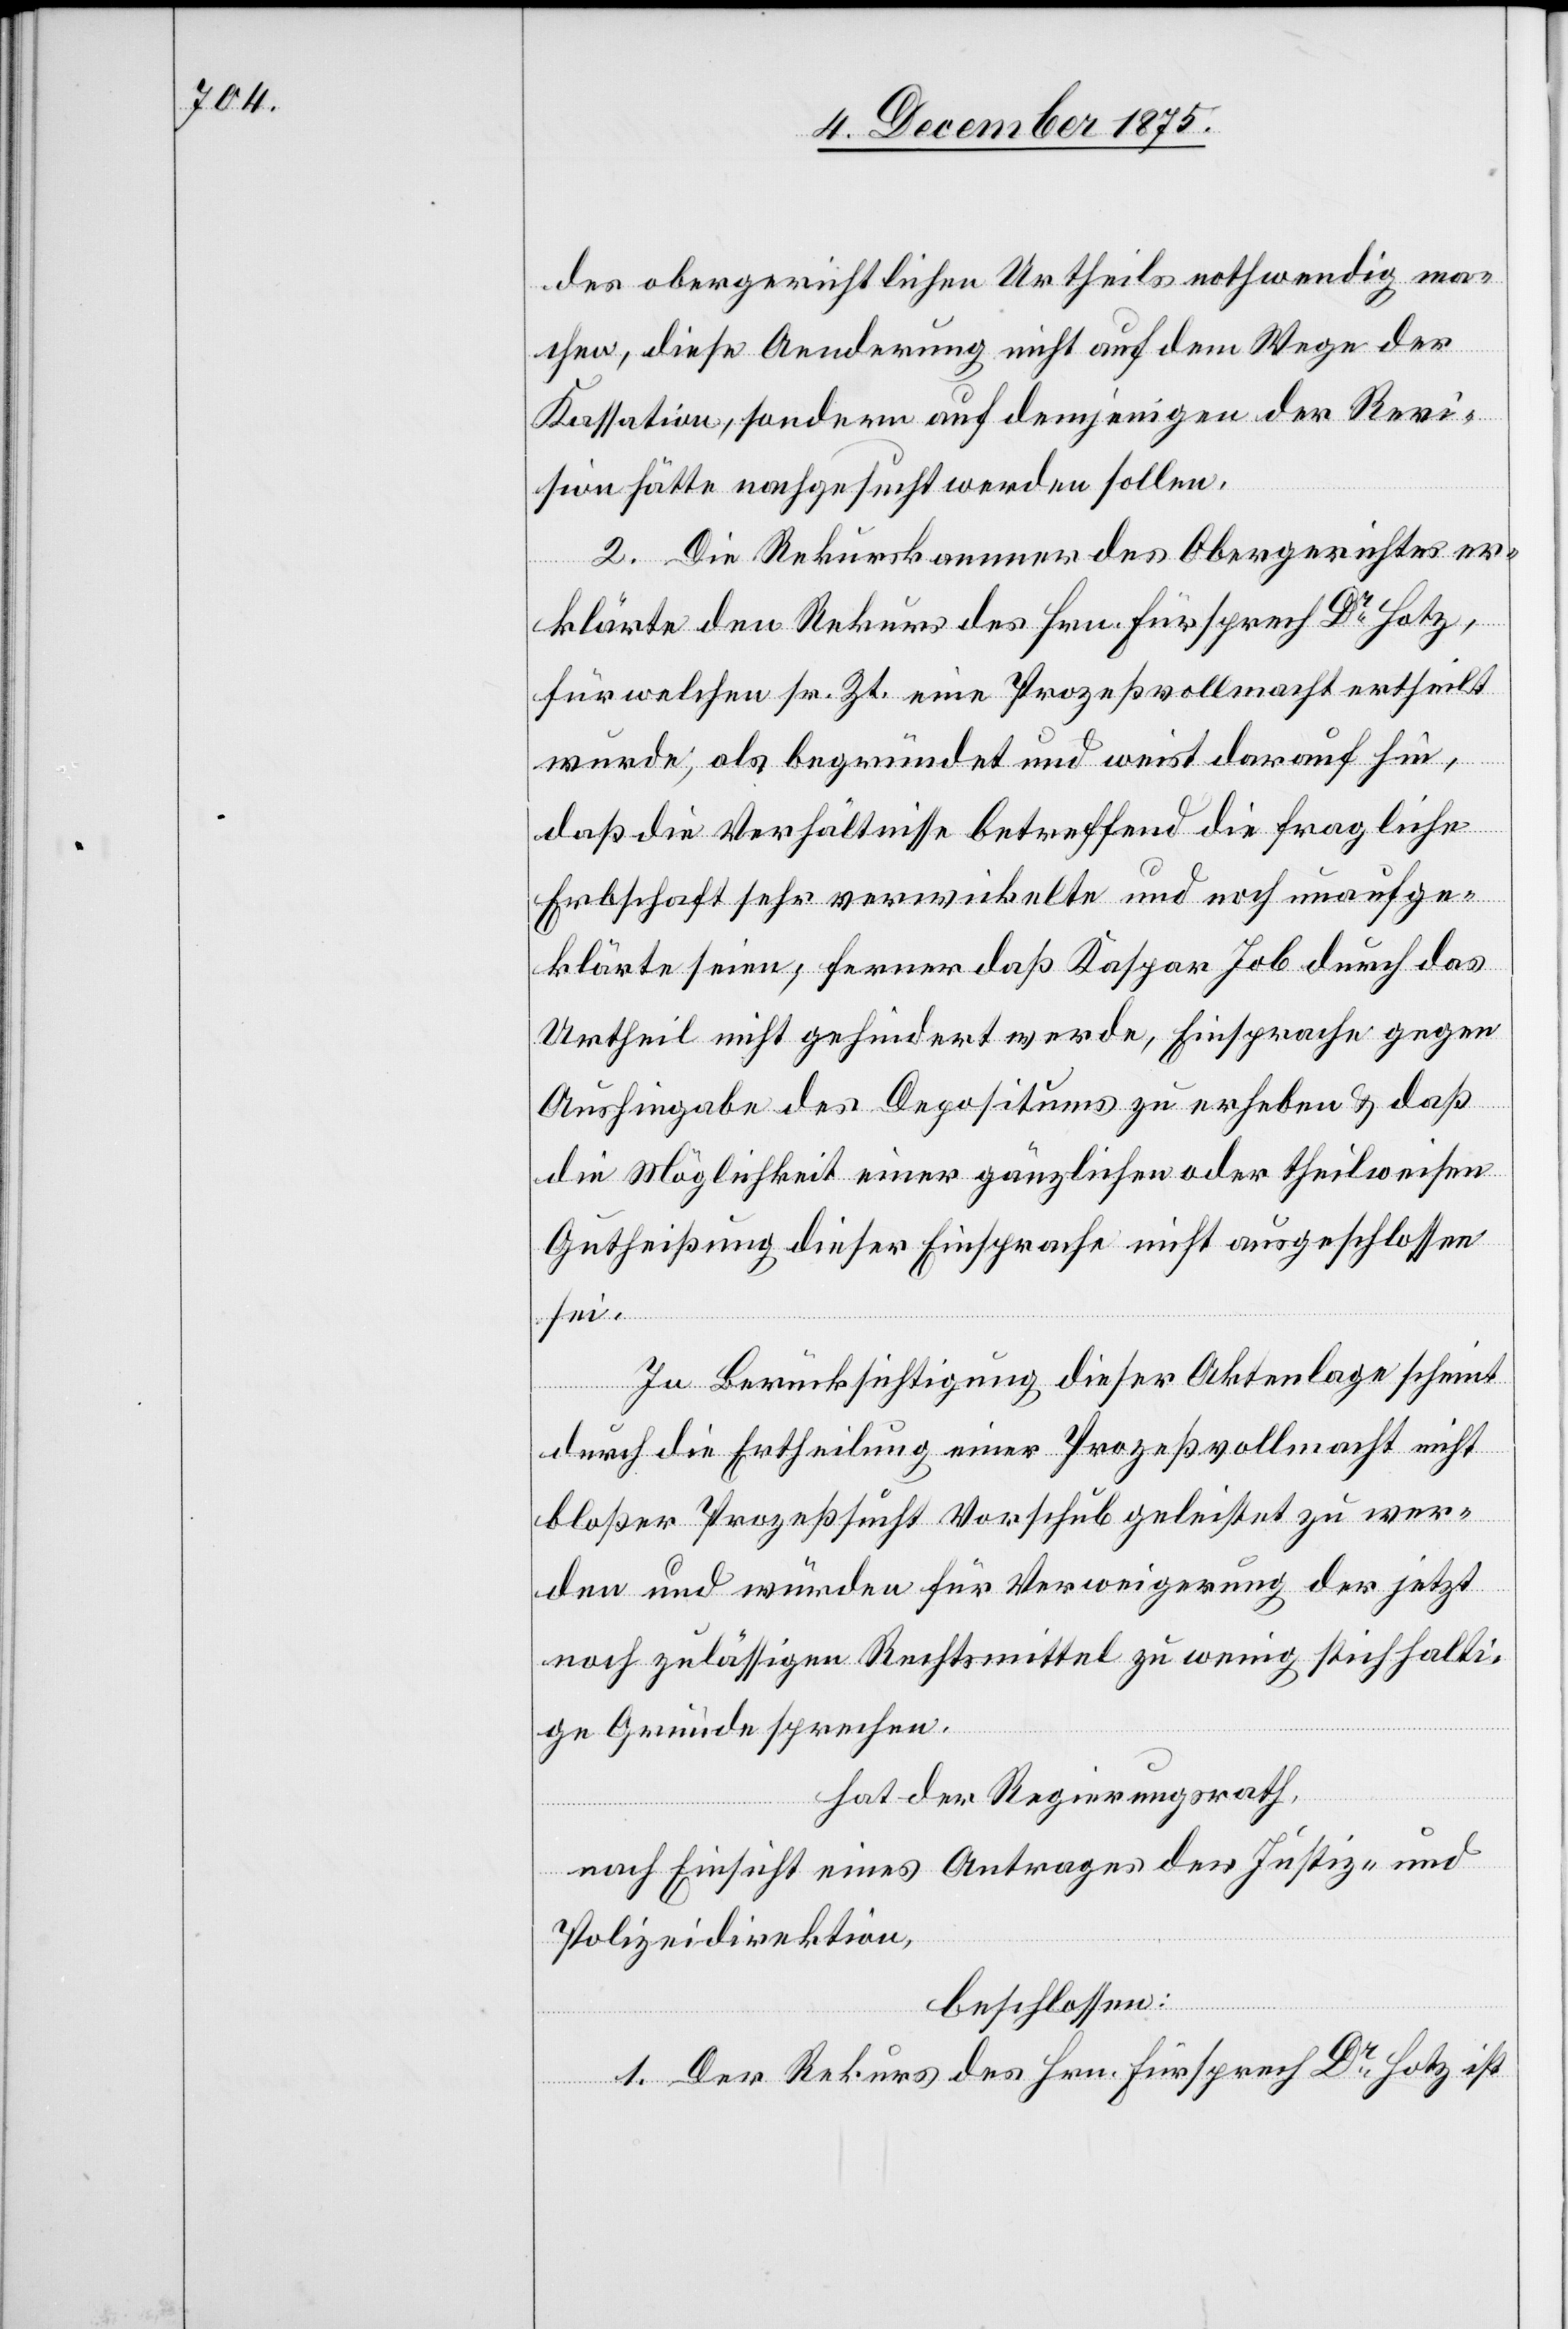
des obergerichtlichen Urtheils nothwendig ma¬
chen, diese Aenderung nicht auf dem Wege der
Kassation, sondern auf demjenigen der Revi¬
sion hätte nachgesucht werden sollen.
2. Die Rekurskammer des Obergerichtes er¬
klärte den Rekurs des Hrn. Fürsprech Dr Hotz,
für welchen sr. Zt. eine Prozeßvollmacht ertheilt
wurde, als begründet und weist darauf hin,
daß die Verhältnisse betreffend die fragliche
Erbschaft sehr verwickelte und noch unaufge¬
klärte seien[,] ferner daß Kaspar Job durch das
Urtheil nicht gehindert werde, Einsprache gegen
Aushingabe des Depositums zu erheben & daß
die Möglichkeit einer gänzlichen oder theilweisen
Gutheißung dieser Einsprache nicht ausgeschlossen
sei.
In Berücksichtigung dieser Aktenlage scheint
durch die Ertheilung einer Prozeßvollmacht nicht
bloßer Prozeßsucht Vorschub geleistet zu wer¬
den und würden für Verweigerung der jetzt
noch zulässigen Rechtsmittel zu wenig stichhalti¬
ge Gründe sprechen,
hat der Regierungsrath,
nach Einsicht eines Antrages der Justiz- und
Polizeidirektion,
beschlossen:
1. Der Rekurs des Hrn. Fürsprech DrHotz ist